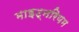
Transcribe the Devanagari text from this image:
माइट्नरियम